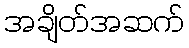
အချိတ်အဆက်